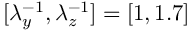
[ \lambda _ { y } ^ { - 1 } , \lambda _ { z } ^ { - 1 } ] = [ 1 , 1 . 7 ]